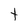
Character: t